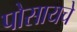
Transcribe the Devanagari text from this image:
पोसायचे